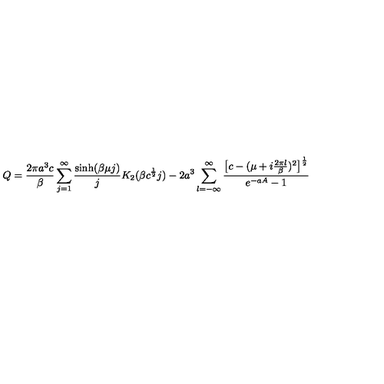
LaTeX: Q = \frac { 2 \pi a ^ { 3 } c } { \beta } \sum _ { j = 1 } ^ { \infty } \frac { \sinh ( \beta \mu j ) } { j } K _ { 2 } ( \beta c ^ { \frac { 1 } { 2 } } j ) - 2 a ^ { 3 } \sum _ { l = - \infty } ^ { \infty } \frac { \bigl [ c - ( \mu + i \frac { 2 \pi l } { \beta } ) ^ { 2 } \bigr ] ^ { \frac { 1 } { 2 } } } { e ^ { - a A } - 1 }